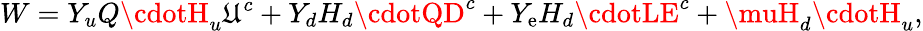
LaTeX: W=Y_{u}Q\cdotH_{u}\mathfrak{U}^{c}+Y_{d}H_{d}\cdotQD^{c}+Y_{\mathrm{e}}H_{d}\cdotLE^{c}+\muH_{d}\cdotH_{u},